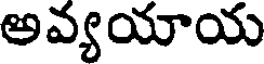
అవ్యయాయ